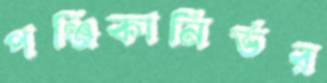
পঞ্জিকানির্ভর